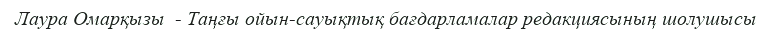
Лаура Омарқызы  - Таңғы ойын-сауықтық бағдарламалар редакциясының шолушысы